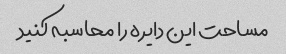
مساحت این دایره را محاسبه کنید